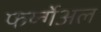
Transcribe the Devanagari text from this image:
फर्य्न्गेअल